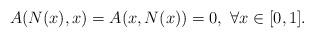
LaTeX: \begin{align*}A(N(x),x)=A(x,N(x))=0,\ \forall x\in [0,1].\end{align*}